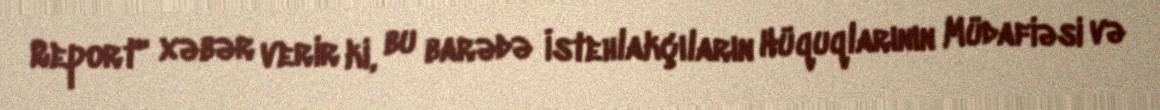
Report" xəbər verir ki, bu barədə İstehlakçıların Hüquqlarının Müdafiəsi və